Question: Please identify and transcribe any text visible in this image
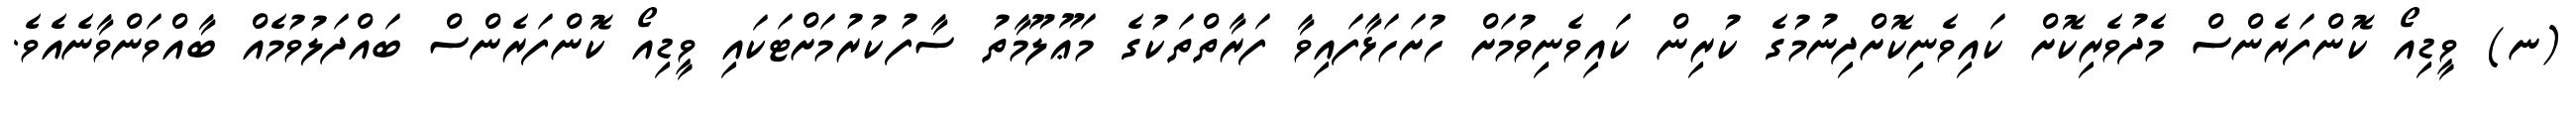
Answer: (ނ) ވީޑިއޯ ކޮންފަރެންސް މެދުވެރިކޮށް ކައިވެނިކޮށްދިނުމުގެ ކުރިން ކައިވެނިވުމަށް ހުށަހަޅާފައިވާ ފަރާތްތަކުގެ މަޢޫލޫމާތު ސާފުކުރުމަށްޓަކައި ވީޑިއޯ ކޮންފަރެންސް ބައްދަލުވުމެއް ބާއްވަންވާނެއެވެ.